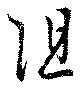
阻